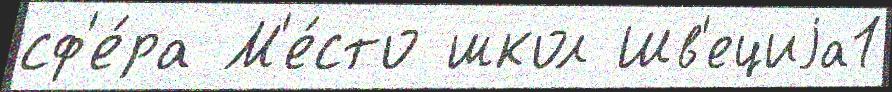
сф'е́ра М'е́сто школ Шв'ециjа1